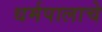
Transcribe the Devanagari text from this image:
धर्मपालाचे